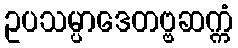
ဥပသမ္ပာဒေတဗ္ဗဆက္ကံ